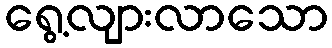
ရွေ့လျားလာသော